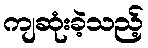
ကျဆုံးခဲ့သည့်